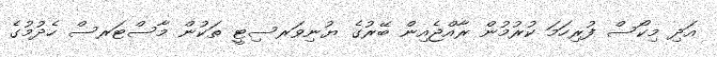
އަދި މިކޯސް ފުރިހަމަ ކުރުމުން ރާއްޖެއިން ބޭރުގެ ޔުނިވަރސިޓީ ތަކުން މާސްޓަރސް ހެދުމުގެ